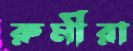
রুমীরা